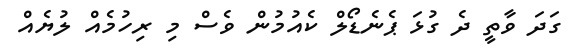
ގަދަ ވާތީ ދެ ގުޅަ ޕެނެޑޯލް ކެއުމުން ވެސް މި ރިހުމެއް ލުޔެއް